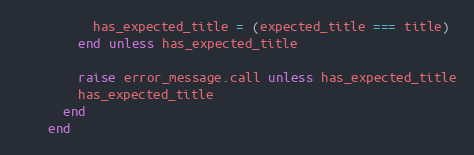
Language: Ruby
          has_expected_title = (expected_title === title)
        end unless has_expected_title

        raise error_message.call unless has_expected_title
        has_expected_title
      end
    end